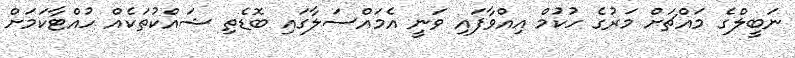
ނަބީލްގެ މައްޗަށް މަރުގެ ހުކުމް އިއްވާފައި ވަނީ އެމައްސަލާގައި ބޮޑެތި ޝައްކުތަކެއް ހުއްޓާކަމަށް